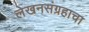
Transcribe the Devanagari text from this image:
लेखनसंग्रहाचा